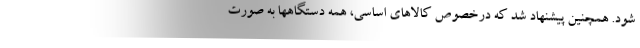
شود. همچنین پیشنهاد شد که درخصوص کالاهای اساسی، همه دستگاهها به صورت